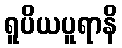
ရူပိယပူရာနိ